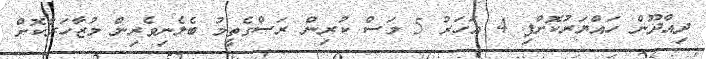
ދިއްދޫން ހައްޔަރުކޮށްފި 4 އަހަރު 5 މަސް ކުރިން ރަސްގެތީމު ބެލެނިވެރިން މުޒާހަރާކޮށް